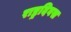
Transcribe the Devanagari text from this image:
राष्ट्रदिवस